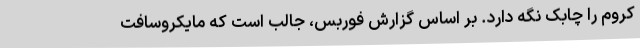
کروم را چابک نگه دارد. بر اساس گزارش فوربس، جالب است که مایکروسافت